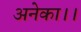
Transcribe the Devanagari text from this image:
अनेका।।